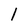
Character: l